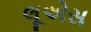
લૂએસ